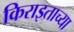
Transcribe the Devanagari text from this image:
किराइताच्या